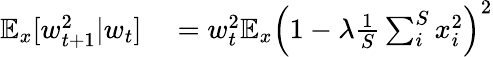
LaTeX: \begin{array}{rl}{\mathbb{E}_{x}[w_{t+1}^{2}|w_{t}]}&{{}=w_{t}^{2}\mathbb{E}_{x}\left(1-\lambda\frac{1}{S}\sum_{i}^{S}x_{i}^{2}\right)^{2}}\end{array}